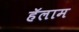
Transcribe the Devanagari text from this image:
हॅलाम